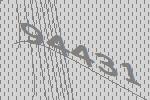
94431